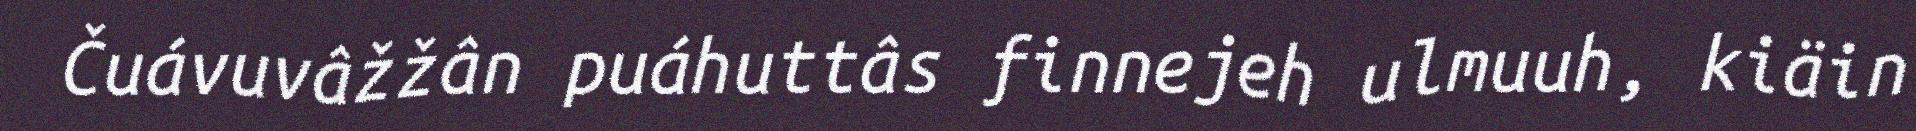
Čuávuvâžžân puáhuttâs finnejeh ulmuuh, kiäin